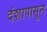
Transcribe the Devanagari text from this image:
दंशापासून